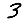
Digit: 3